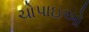
ચોપાઇઓ